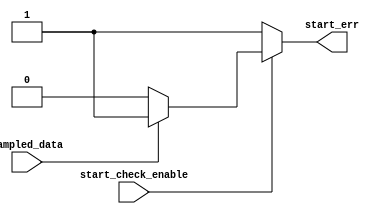
module start_check #(
    parameter START_BIT=0
) (
    input start_check_enable, 
    input sampled_data,

    output reg start_err
);

always @(*) 
begin
    if(start_check_enable)
    begin
        
        if(sampled_data == START_BIT)
        start_err=0;

        else
        start_err=1;
    end

    else
    start_err=1;
end

endmodule